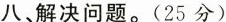
八、解决问题。(25分)